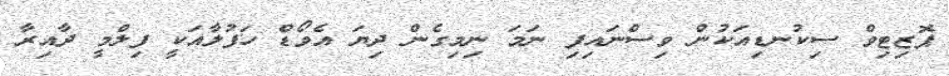
ޕޮޒިޓިވް ސިކުނޑިއަކުން ވިސްނައިފި ނަމަ ނިމިގެން ދިޔަ އެވޯޑް ހަފުލާއަކީ ފިލްމީ ދާއިރާ